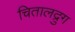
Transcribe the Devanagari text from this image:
चितालद्रुग